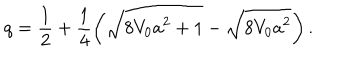
q = \frac { 1 } { 2 } + \frac { 1 } { 4 } \left( \sqrt { 8 V _ { 0 } a ^ { 2 } + 1 } - \sqrt { 8 V _ { 0 } a ^ { 2 } } \right) .